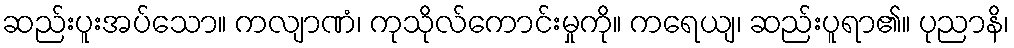
ဆည်းပူးအပ်သော။ ကလျာဏံ၊ ကုသိုလ်ကောင်းမှုကို။ ကရေယျ၊ ဆည်းပူရာ၏။ ပုညာနိ၊